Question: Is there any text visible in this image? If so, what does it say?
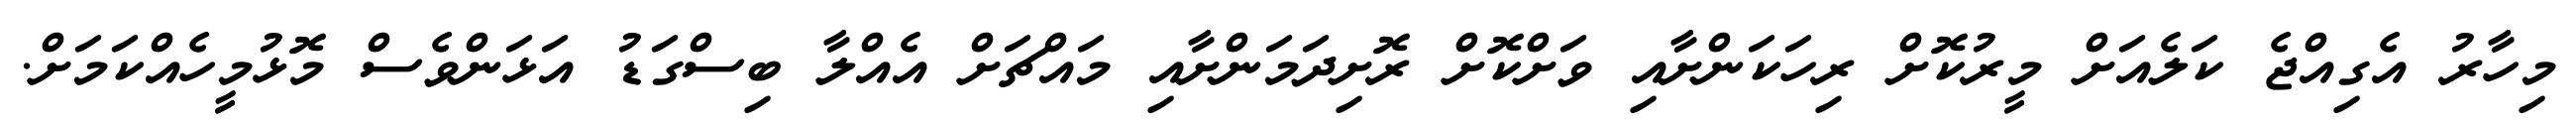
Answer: މިހާރު އެގިއްޖެ ކަލެއަށް މީރުކޮށް ރިހަކަންށާއި ވަށްކޮށް ރޮށިދަމަންށާއި މައްޗަށް އެއްލާ ބިސްގަޑު އަޅަންވެސް މޮޅުމީހެއްކަމަށް.